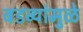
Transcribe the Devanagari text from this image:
बडव्यांमुळे